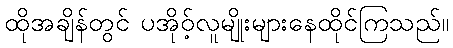
ထိုအချိန်တွင် ပအိုဝ့်လူမျိုးများနေထိုင်ကြသည်။